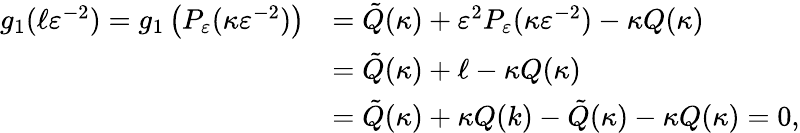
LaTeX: \begin{array}{rl}{g_{1}(\ell\varepsilon^{-2})=g_{1}\left(P_{\varepsilon}(\kappa\varepsilon^{-2})\right)}&{=\tilde{Q}(\kappa)+\varepsilon^{2}P_{\varepsilon}(\kappa\varepsilon^{-2})-\kappa Q(\kappa)}\\ &{=\tilde{Q}(\kappa)+\ell-\kappa Q(\kappa)}\\ &{=\tilde{Q}(\kappa)+\kappa Q(k)-\tilde{Q}(\kappa)-\kappa Q(\kappa)=0,}\end{array}